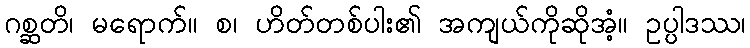
ဂစ္ဆတိ၊ မရောက်။ စ၊ ဟိတ်တစ်ပါး၏ အကျယ်ကိုဆိုအံ့။ ဥပ္ပါဒဿ၊